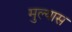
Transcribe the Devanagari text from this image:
मुल्यास